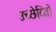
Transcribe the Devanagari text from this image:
उच्छेदितो